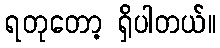
ရတုတော့ ရှိပါတယ်။